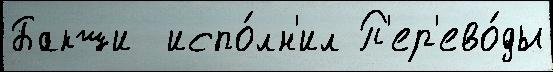
Бакши  испо́лн'ил П'ер'ево́ды